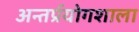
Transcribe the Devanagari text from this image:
अन्तर्प्रयोगशाला